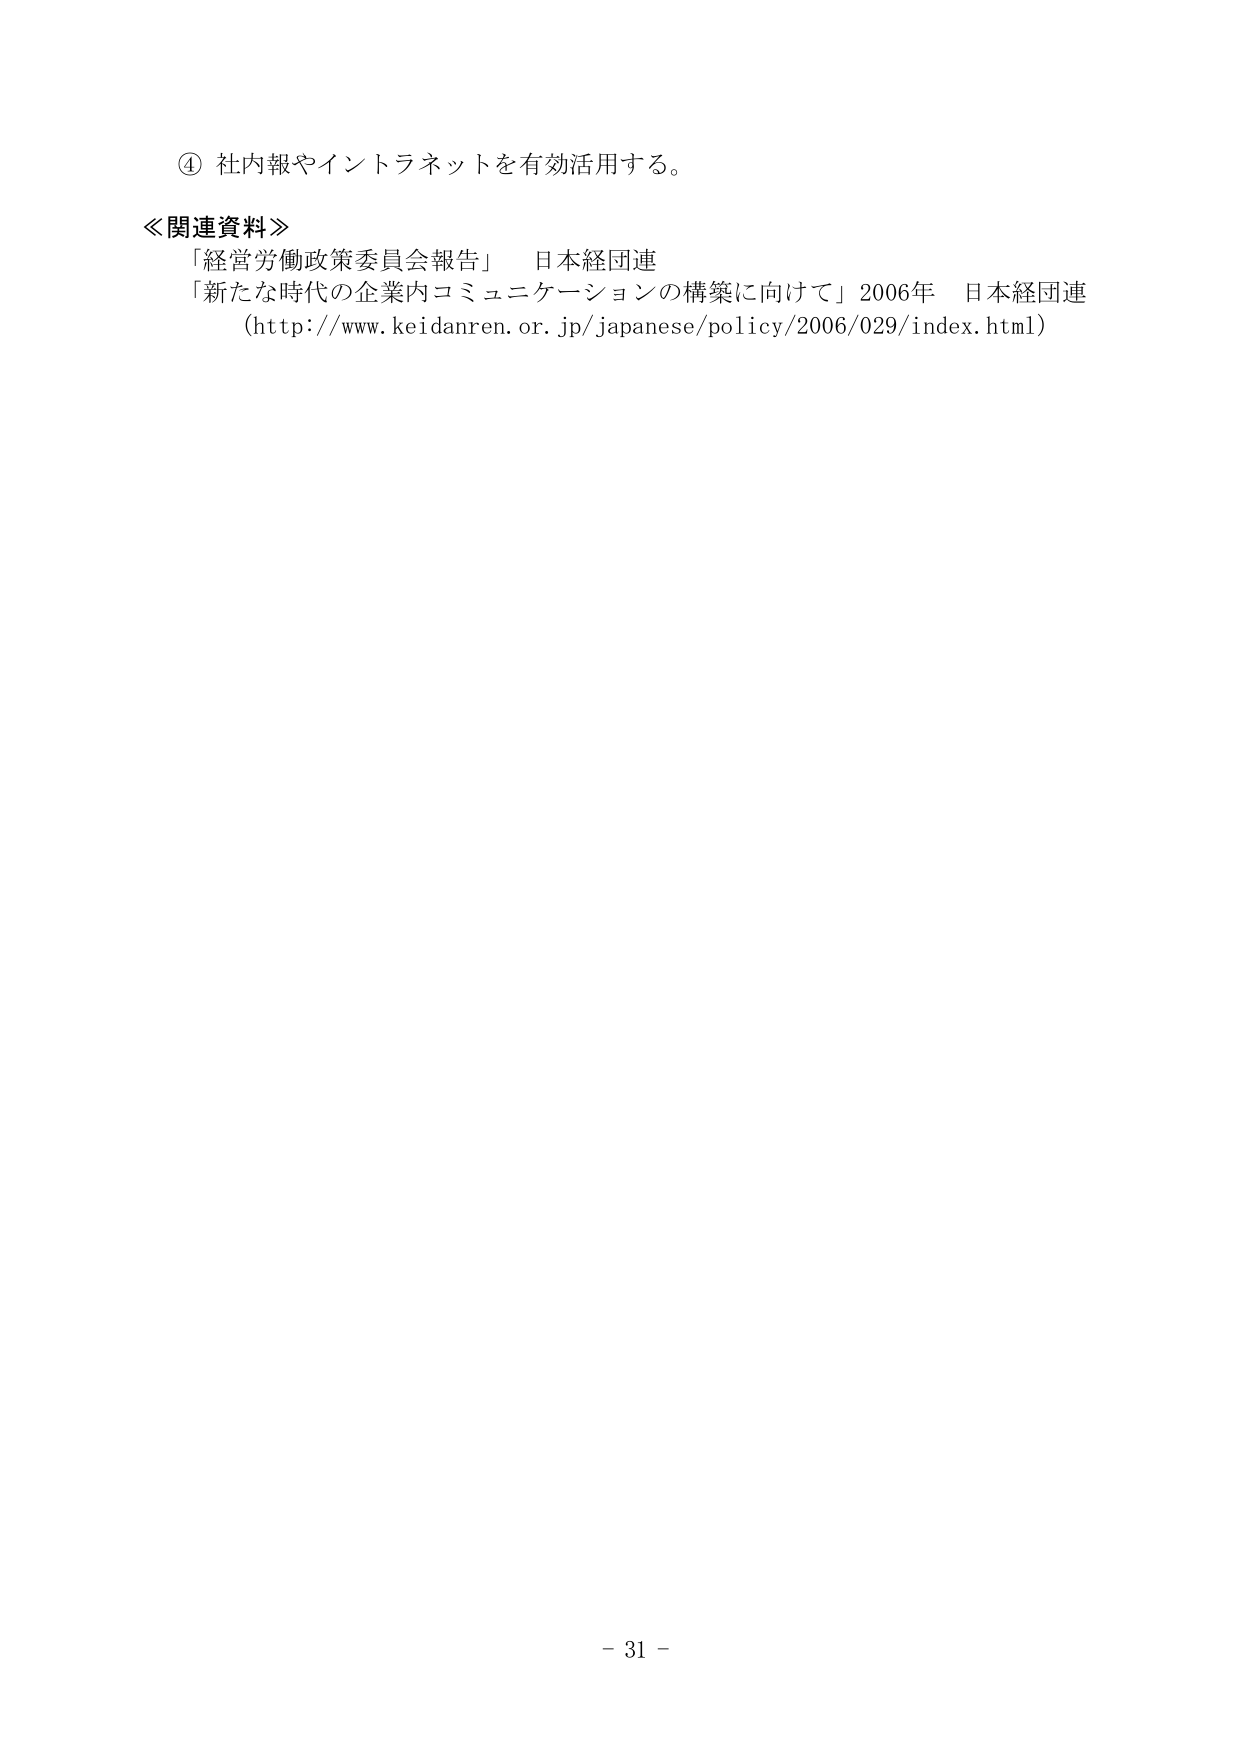
④ 社内報やイントラネットを有効活用する。

≪関連資料≫
「経営労働政策委員会報告」 日本経団連
「新たな時代の企業内コミュニケーションの構築に向けて」2006年 日本経団連
（http://www.keidanren.or.jp/japanese/policy/2006/029/index.html）

- 31 -